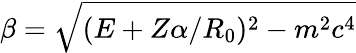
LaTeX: \beta=\sqrt{(E+Z\alpha/R_{0})^{2}-m^{2}c^{4}}